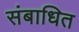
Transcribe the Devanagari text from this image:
संबाधित